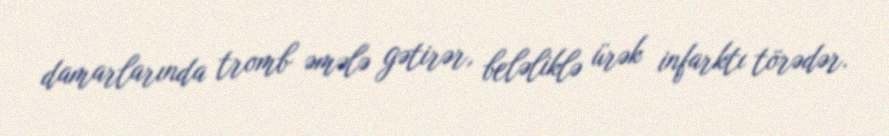
damarlarında tromb əmələ gətirər, beləliklə ürək infarktı törədər.